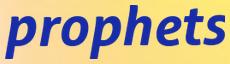
prophets